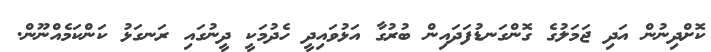
ކޮށްދިނުން އަދި ޖަމަލުގެ ގޮންގަނޑުފަދައިން ބުރުގާ އަޅުވައިދީ ހެދުމަކީ ދީނުގައި ރަނގަޅު ކަންކަމެއްނޫން.